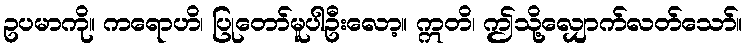
ဥပမာကို။ ကရောဟိ၊ ပြုတော်မူပါဦးလော့။ ဣတိ၊ ဤသို့လျှောက်လတ်သော်။